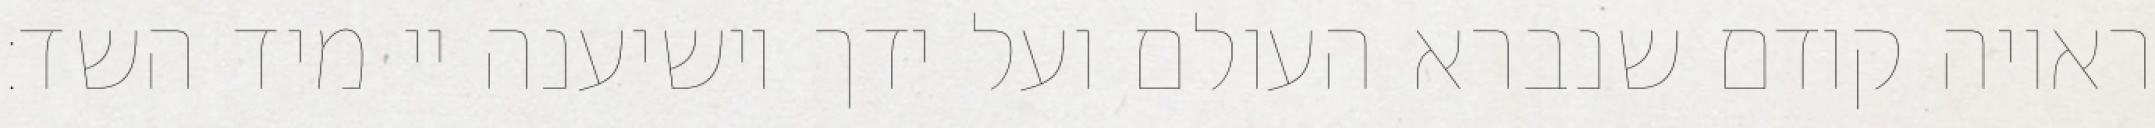
ראויה קודם שנברא העולם ועל ידך יושיענה יי מיד השד: